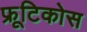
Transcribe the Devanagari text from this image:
फ्रूटिकोस